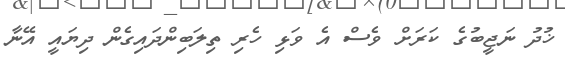
ޚުދު ނަޖީބުގެ ކަރަށް ވެސް އެ ވަޅި ހެރި ތިލަބިންދައިގެން ދިޔައީ އޭނާ